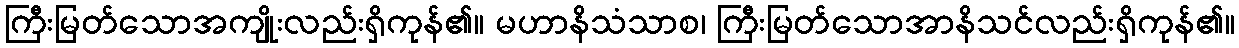
ကြီးမြတ်သောအကျိုးလည်းရှိကုန်၏။ မဟာနိသံသာစ၊ ကြီးမြတ်သောအာနိသင်လည်းရှိကုန်၏။